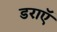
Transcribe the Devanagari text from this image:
डराएॅ